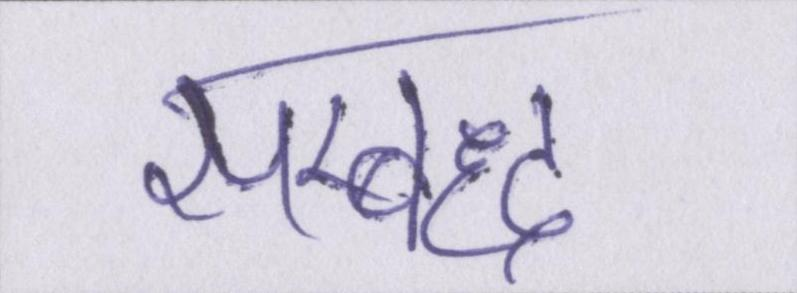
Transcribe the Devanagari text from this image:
सम्बध्द